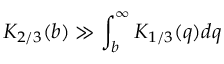
K _ { 2 / 3 } ( b ) \gg \int _ { b } ^ { \infty } K _ { 1 / 3 } ( q ) d q